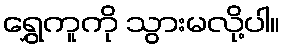
ရွှေကူကို သွားမလို့ပါ။